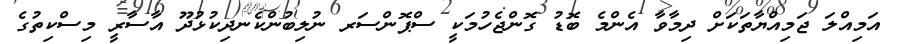
އަމިއްލަ ޖަމިއްޔާތަަކަށް ދިމާވާ އެންމެ ބޮޑު ގޮންޖެހުމަކީ ސްޕޮންސަރ ނުލިބުންކެނދިކުޅުދޫ އާސާރީ މިސްކިތުގެ